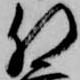
肝